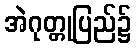
အဲဂုတ္တုပြည်၌